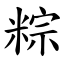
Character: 粽